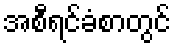
အစီရင်ခံစာတွင်